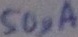
Text: 50µA